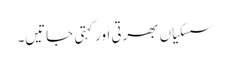
سسکیاں بھرتی اور کہتی جاتیں۔